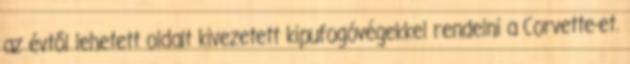
az évtől lehetett oldalt kivezetett kipufogóvégekkel rendelni a Corvette-et.